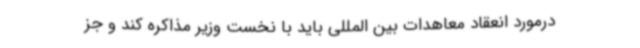
درمورد انعقاد معاهدات بین المللی باید با نخست وزیر مذاکره کند و جز